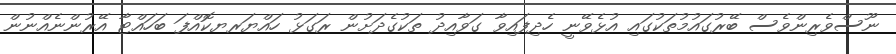
ނޫސްވެރިންވެސް ބޭރުގައުމުތަކުގައި އުޅެވޭނީ ހެދިފައިވާ ގަވާއިދު ތަކުގެދަށުން ރަގަޅު ހައްޔަރޔކޮއްފަ ބަހައްޓާ އޭރުންނެއްނުން